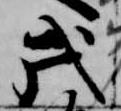
戌